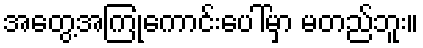
အတွေ့အကြုံကောင်းပေါ်မှာ မတည်ဘူး။